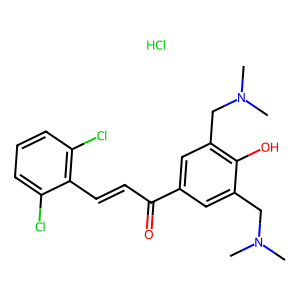
SMILES: CN(C)Cc1cc(C(=O)C=Cc2c(Cl)cccc2Cl)cc(CN(C)C)c1O.Cl
Inhibits HIV replication: No